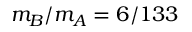
m _ { B } / m _ { A } = 6 / 1 3 3